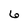
Character: 6